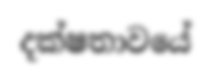
දක්ෂතාවයේ